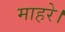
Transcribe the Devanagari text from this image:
माहरे।